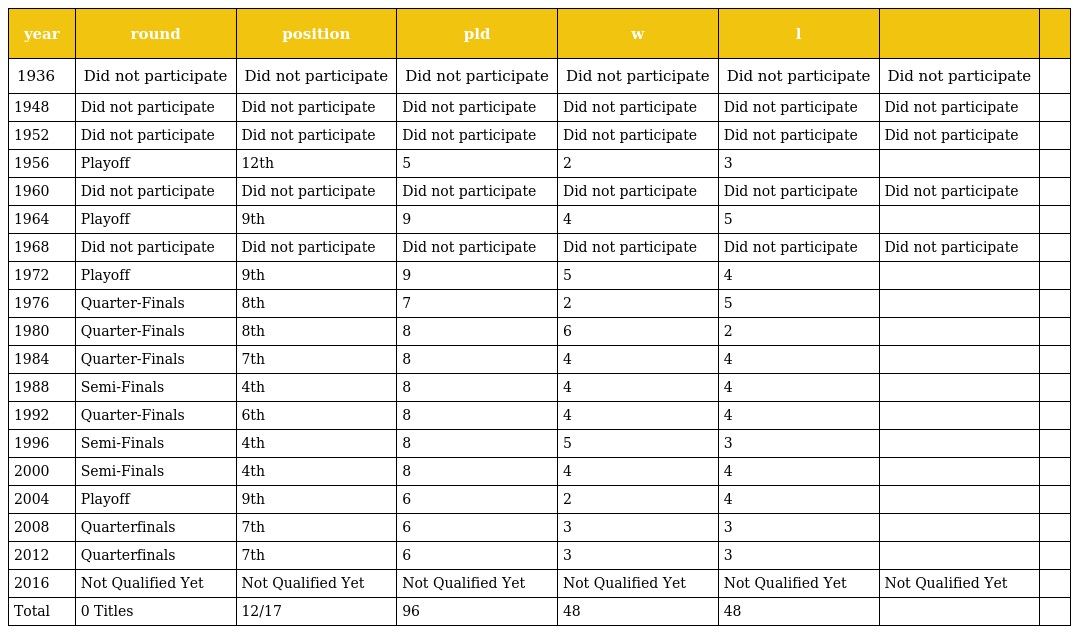
| year | round | position | pld | w | l |  |  |
 | --- | --- | --- | --- | --- | --- | --- | --- |
 | 1936 | Did not participate | Did not participate | Did not participate | Did not participate | Did not participate | Did not participate |  |
 | 1948 | Did not participate | Did not participate | Did not participate | Did not participate | Did not participate | Did not participate |  |
 | 1952 | Did not participate | Did not participate | Did not participate | Did not participate | Did not participate | Did not participate |  |
 | 1956 | Playoff | 12th | 5 | 2 | 3 |  |  |
 | 1960 | Did not participate | Did not participate | Did not participate | Did not participate | Did not participate | Did not participate |  |
 | 1964 | Playoff | 9th | 9 | 4 | 5 |  |  |
 | 1968 | Did not participate | Did not participate | Did not participate | Did not participate | Did not participate | Did not participate |  |
 | 1972 | Playoff | 9th | 9 | 5 | 4 |  |  |
 | 1976 | Quarter-Finals | 8th | 7 | 2 | 5 |  |  |
 | 1980 | Quarter-Finals | 8th | 8 | 6 | 2 |  |  |
 | 1984 | Quarter-Finals | 7th | 8 | 4 | 4 |  |  |
 | 1988 | Semi-Finals | 4th | 8 | 4 | 4 |  |  |
 | 1992 | Quarter-Finals | 6th | 8 | 4 | 4 |  |  |
 | 1996 | Semi-Finals | 4th | 8 | 5 | 3 |  |  |
 | 2000 | Semi-Finals | 4th | 8 | 4 | 4 |  |  |
 | 2004 | Playoff | 9th | 6 | 2 | 4 |  |  |
 | 2008 | Quarterfinals | 7th | 6 | 3 | 3 |  |  |
 | 2012 | Quarterfinals | 7th | 6 | 3 | 3 |  |  |
 | 2016 | Not Qualified Yet | Not Qualified Yet | Not Qualified Yet | Not Qualified Yet | Not Qualified Yet | Not Qualified Yet |  |
 | Total | 0 Titles | 12/17 | 96 | 48 | 48 |  |  |